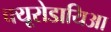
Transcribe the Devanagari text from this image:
क्यूरोडायिआ